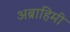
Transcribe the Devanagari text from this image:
अब्राहिमी